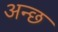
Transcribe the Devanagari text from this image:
अन्छ